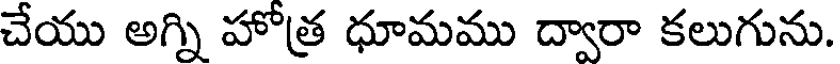
చేయు అగ్ని హోత్ర ధూమము ద్వారా కలుగును.